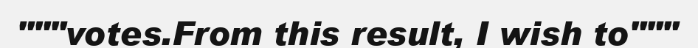
"""votes.From this result, I wish to"""